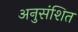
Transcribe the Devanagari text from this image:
अनुसंशित